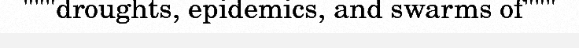
"""droughts, epidemics, and swarms of"""